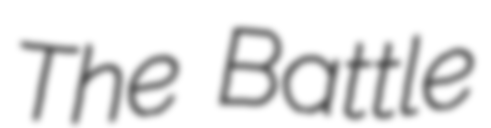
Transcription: The Battle